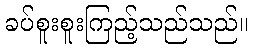
ခပ်စူးစူးကြည့်သည်သည်။